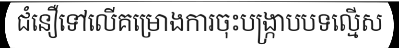
ជំនឿទៅលើគម្រោងការចុះបង្ក្រាបបទល្មើស